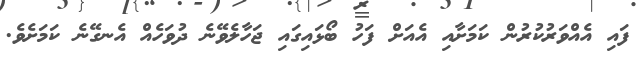
ފައި އެއްވަރުކުރުން ކަމަށާއި އެއަށް ފަހު ބޯޅައިގައި ޖަހާލެވޭނެ ދުވަހެއް އެނގޭނެ ކަމަށެވެ.